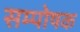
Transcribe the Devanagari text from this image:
सम्पोषक